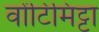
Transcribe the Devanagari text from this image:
वोंटिमिट्टा